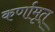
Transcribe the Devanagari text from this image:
कर्णामृत्